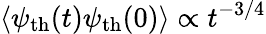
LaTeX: \langle\psi_{\mathrm{th}}(t)\psi_{\mathrm{th}}(0)\rangle\propto t^{-3/4}